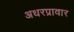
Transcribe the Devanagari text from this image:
अधरप्रावार